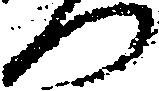
つ